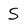
Character: S